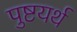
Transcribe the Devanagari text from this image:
पुष्टयर्थ